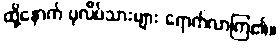
ထို့နောက် ပုလိပ်သားများ ရောက်လာကြ၏။